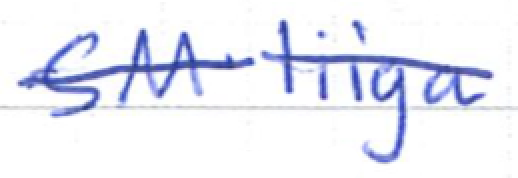
Text: SM-liiga
Cross-out: single-line
Writing tool: ballpoint